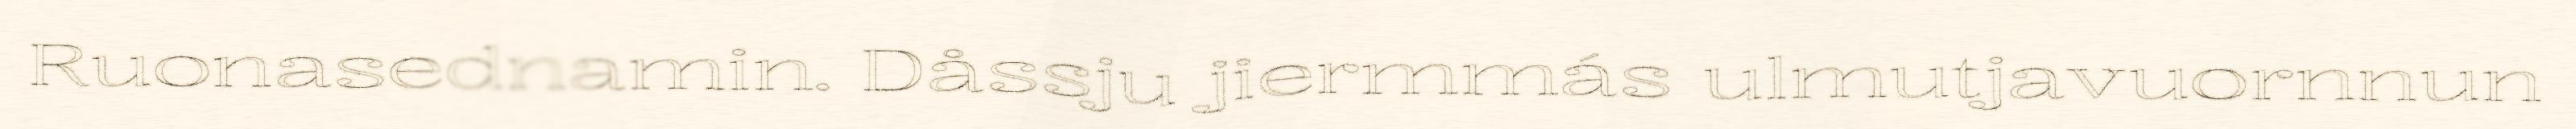
Ruonasednamin. Dåssju jiermmás ulmutjavuornnun